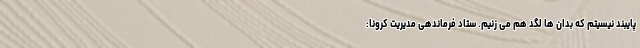
پایبند نیسیتم که بدان ها لگد هم می زنیم. ستاد فرماندهی مدیریت کرونا: